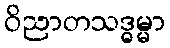
ဝိညာတသဒ္ဓမ္မာ